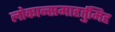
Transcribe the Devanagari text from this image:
लोकान्समाहर्तुमिह